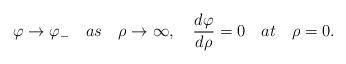
LaTeX: \begin{align*}\varphi \to \varphi_- \quad as \quad \rho \to \infty ,\quad {d\varphi \over d\rho }= 0 \quad at \quad \rho = 0 .\end{align*}